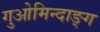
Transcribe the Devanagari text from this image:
गुओमिन्दाङ्ग